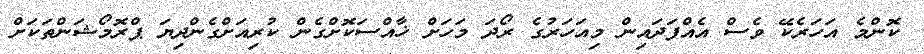
ކޮންމެ އަހަރެކޭ ވެސް އެއްފަދައިން މިއަހަރުގެ ރޯދަ މަހަށް ޚާއްސަކޮށްގެން ކުރިއަށްގެންދިޔަ ޕްރޮމޯޝަންތަކަށް